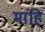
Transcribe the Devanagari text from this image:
मांहि